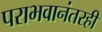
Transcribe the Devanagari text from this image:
पराभवानंतरही